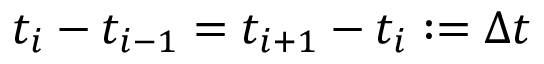
t _ { i } - t _ { i - 1 } = t _ { i + 1 } - t _ { i } : = \Delta t